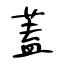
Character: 蓋